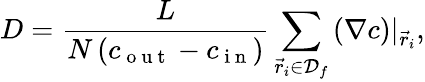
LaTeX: D=\frac{L}{N\left(c_{\mathrm{~o~u~t~}}-c_{\mathrm{~i~n~}}\right)}\sum_{\vec{r}_{i}\in\mathcal{D}_{f}}\left(\nabla c\right)|_{\vec{r}_{i}},